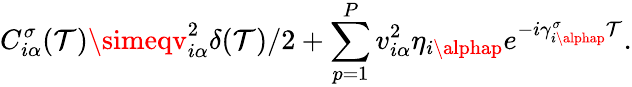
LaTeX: C_{i\alpha}^{\sigma}(\mathcal{T})\simeqv_{i\alpha}^{2}\delta(\mathcal{T})/2+\sum_{p=1}^{P}v_{i\alpha}^{2}\eta_{i\alphap}e^{-i\gamma_{i\alphap}^{\sigma}\mathcal{T}}.